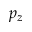
p _ { z }